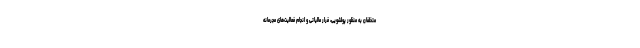
متخلفان به منظور پولشویی، فرار مالیاتی و انجام فعالیت‌های مجرمانه